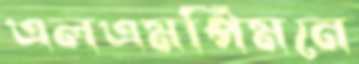
এলএমপিমনে